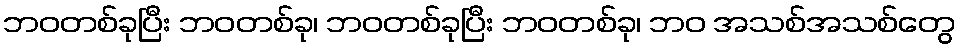
ဘဝတစ်ခုပြီး ဘဝတစ်ခု၊ ဘဝတစ်ခုပြီး ဘဝတစ်ခု၊ ဘဝ အသစ်အသစ်တွေ